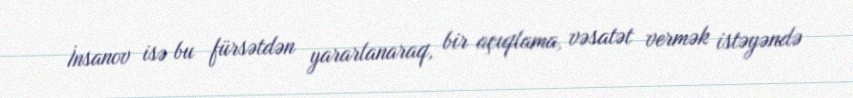
İnsanov isə bu fürsətdən yararlanaraq, bir açıqlama, vəsatət vermək istəyəndə